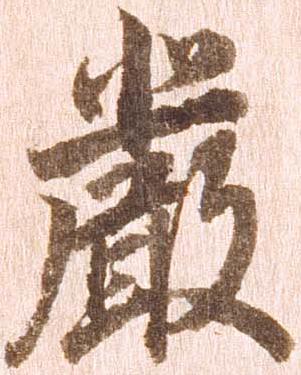
厳